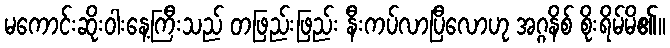
မကောင်းဆိုးဝါးနေ့ကြီးသည် တဖြည်းဖြည်း နီးကပ်လာပြီလောဟု အဂ္ဂနိစ် စိုးရိမ်မိ၏။